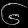
Digit: ၆